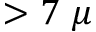
> 7 ~ \mu